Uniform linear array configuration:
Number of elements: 48
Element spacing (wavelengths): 0.25
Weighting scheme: blackman
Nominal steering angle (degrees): -30
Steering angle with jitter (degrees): -28.779
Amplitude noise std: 0.05
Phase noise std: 0.05

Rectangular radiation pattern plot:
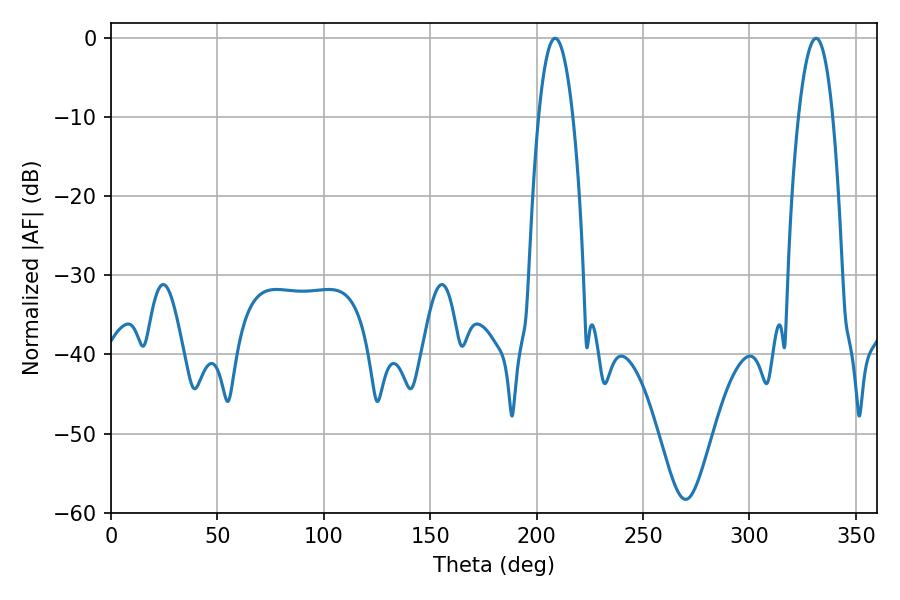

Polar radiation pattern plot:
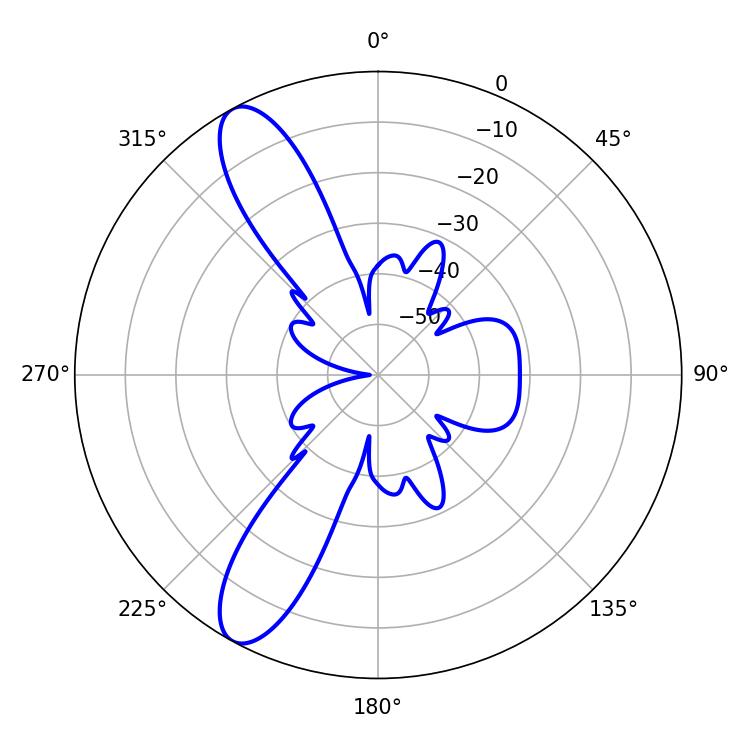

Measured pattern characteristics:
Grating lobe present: FALSE
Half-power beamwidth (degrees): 9
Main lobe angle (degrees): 208.62